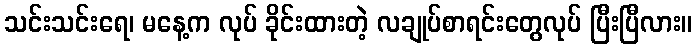
သင်းသင်းရေ၊ မနေ့က လုပ် ခိုင်းထားတဲ့ လချုပ်စာရင်းတွေလုပ် ပြီးပြီလား။